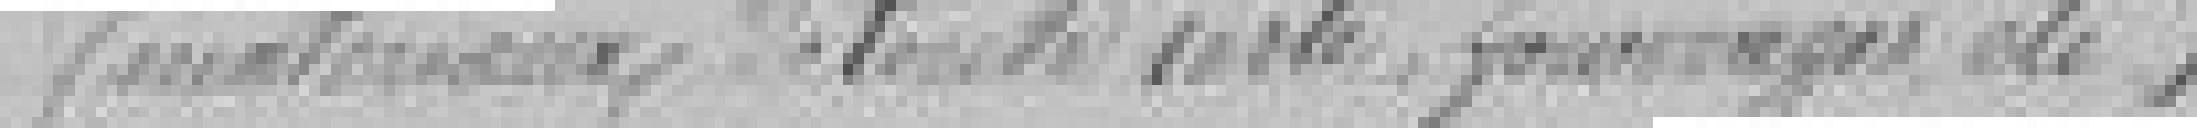
(manteaux, de tente ??, fourrages etc...)